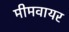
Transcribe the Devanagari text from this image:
मीमवायर